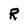
Character: R